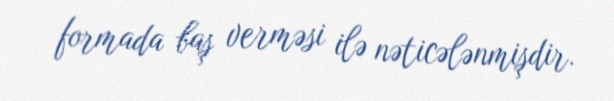
formada baş verməsi ilə nəticələnmişdir.